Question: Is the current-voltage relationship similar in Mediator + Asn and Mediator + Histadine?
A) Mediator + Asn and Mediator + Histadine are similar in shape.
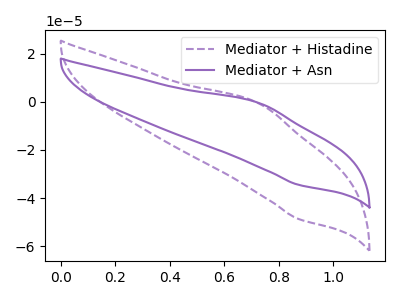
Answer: <think>The purple dashed curve "Mediator + Histadine" has an anodic peak at (0.75V, -0.65uA) and a cathodic peak at (0.85V, -48.65uA). The purple curve "Mediator + Asn" has an anodic peak at (0.75V, -0.45uA) and a cathodic peak at (0.85V, -34.45uA).
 All the peaks in "Mediator + Asn" have a peak in "Mediator + Histadine" at the same potential.</think>
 <answer>A) "Mediator + Asn" and "Mediator + Histadine" are similar in shape.</answer>
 <eval>A</eval>